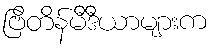
ဗြိတိန်မီဒီယာများက